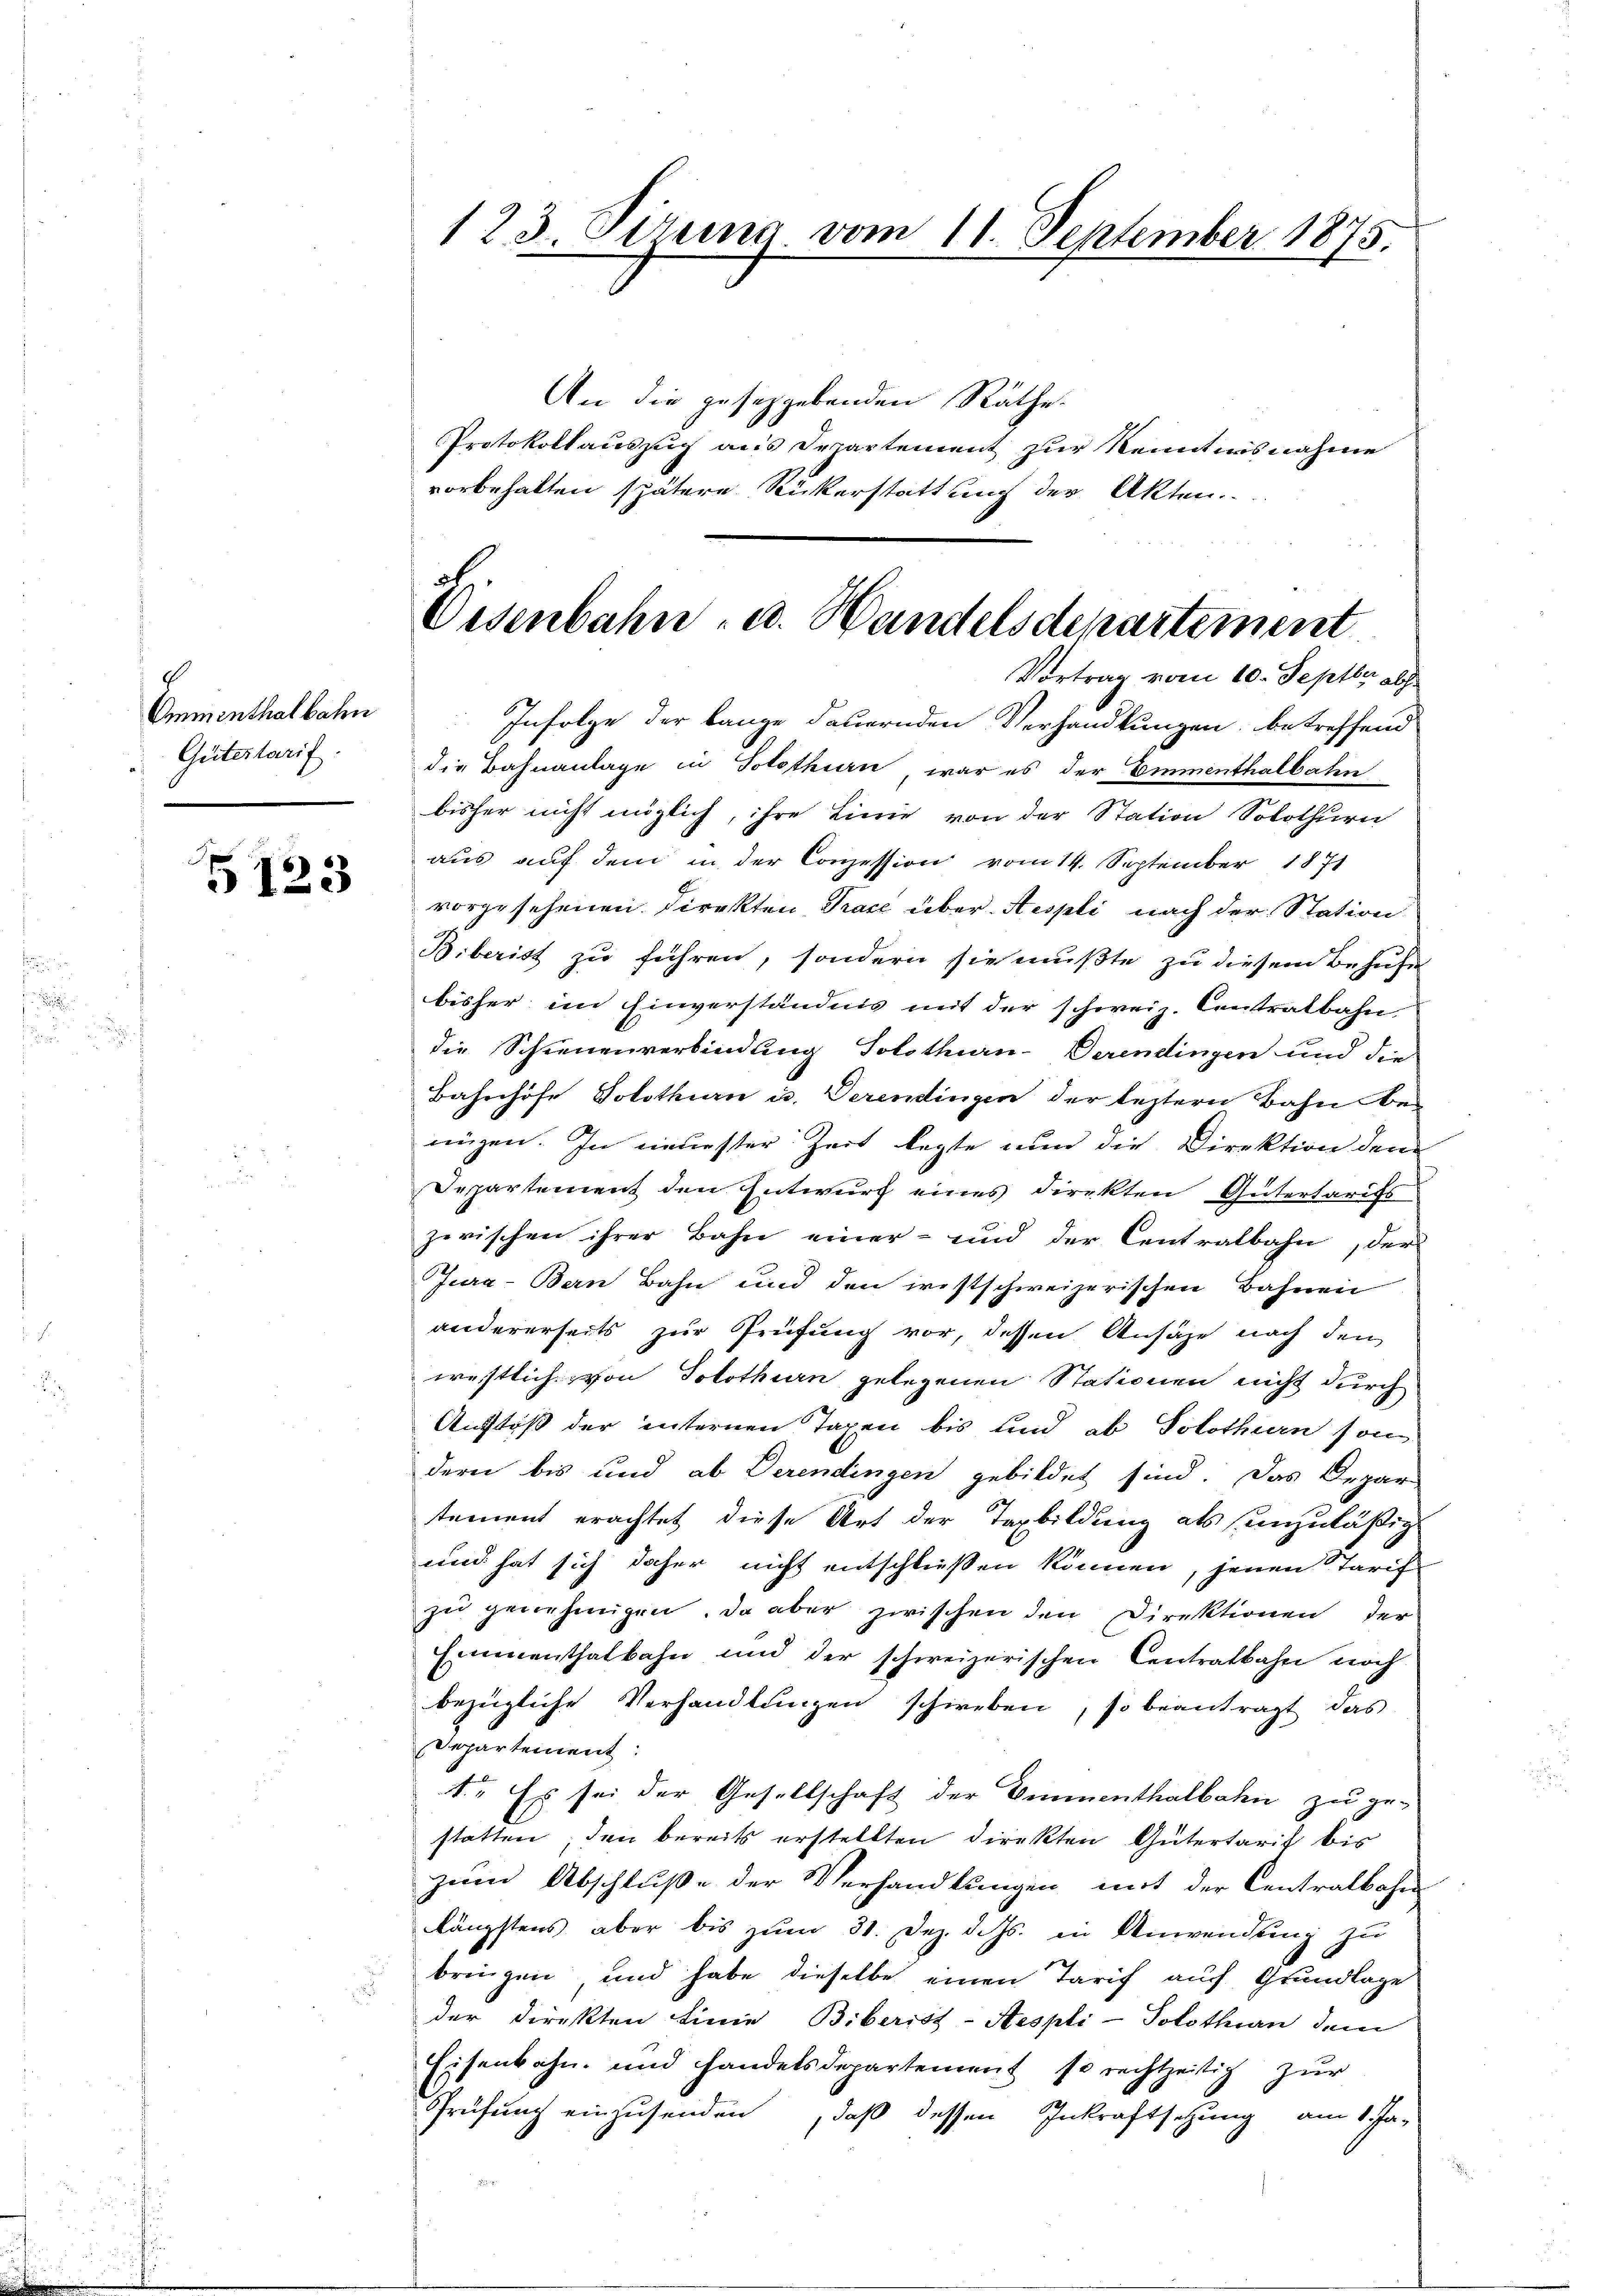
Omminthalbahn
Gütertarif

5123

An die geseggebenden Räthe.
Protokollauszug aus Departement zur Kenntnisnahme
vorbehalten spätere Rückerstattung der Akten.

123. Pirma vom 11. September 1875.

Visenbahn- u. Handelsdepartement
Vortrag vom 10. Septbr abs

Infolge der bange dauernden Verhandlungen, betreffend
die Bahnanlage in Solothin, war es der Emmenthalbahn
bisher nicht möglich, ihre Linie von der Station Solothurn
aus auf dem in der Conzession vom 14. September 1871
vorgesehenen Direkten Trace über Aespli nach der Station
Biberist zu führen, sondern sie mußte zu diesem Behufe
bisher im Einverständnis mit der schweiz. Contratbahn,
die Schienenverbindung Solothurn-Verendingen und die
Bahnhöfe Solothurn u. Verendingen der leztern Bahn benügen. In neuester Zeit legte nun die Direktion dem
Departement den Entwurf eines Direkten Gütertarifs
zwischen ihrer Bahn einer- und der Centralbahn, der
Jura-Bern Bahn und den restschweizerischen Bahnen
andererseits zur Prüfung vor, dessen Ansähe nach den
westlich von Solothurn gelegenen Stationen nicht durch
Aufstoß der unternen Tagen bis und ob Solothurn son
dern bis und ab Derendingen gebildet sind. Das Depar
tement erachtet diese Art der Taxbildung als unzuläßig
und hat sich daher nicht entschließen können, jenen Tarif
zu genehmigen. Da aber zwischen den Direktionen der
Emmenthalbahn und der schweizerischen Centratbahn noch
bezügliche Verhandlungen schweben, so beantragt das
Departement:
1. Es sei der Gesellschaft der Emmenthalbahn zu ge-
statten, den bereits erstellten direkten Gütertarif bis
zum Abschluße der Verhandlungen mit der Centralbahn
längstens aber bis zum 31. Dez. d. Js. in Anwendung zu
bringen und habe dieselbe einen Tarif auch Grundlage
der Direkten Linie Biberist-Aespli-Solothurn dem
Eisenbahn und handelsdepartement so rechtzeitig zur
Prüfung einzusenden, daß dessen Inkraftsetzung am 1. Ja-